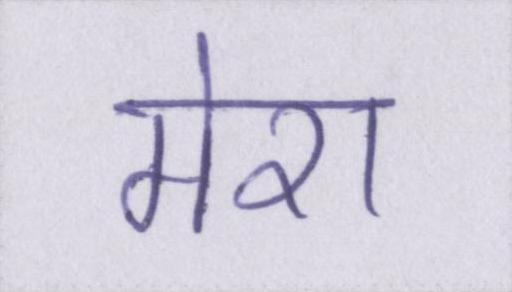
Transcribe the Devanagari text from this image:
मेरा